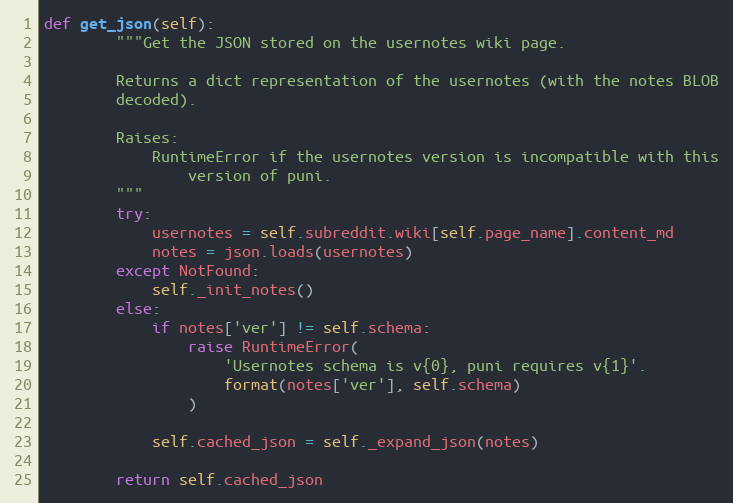
Language: Python
def get_json(self):
        """Get the JSON stored on the usernotes wiki page.

        Returns a dict representation of the usernotes (with the notes BLOB
        decoded).

        Raises:
            RuntimeError if the usernotes version is incompatible with this
                version of puni.
        """
        try:
            usernotes = self.subreddit.wiki[self.page_name].content_md
            notes = json.loads(usernotes)
        except NotFound:
            self._init_notes()
        else:
            if notes['ver'] != self.schema:
                raise RuntimeError(
                    'Usernotes schema is v{0}, puni requires v{1}'.
                    format(notes['ver'], self.schema)
                )

            self.cached_json = self._expand_json(notes)

        return self.cached_json